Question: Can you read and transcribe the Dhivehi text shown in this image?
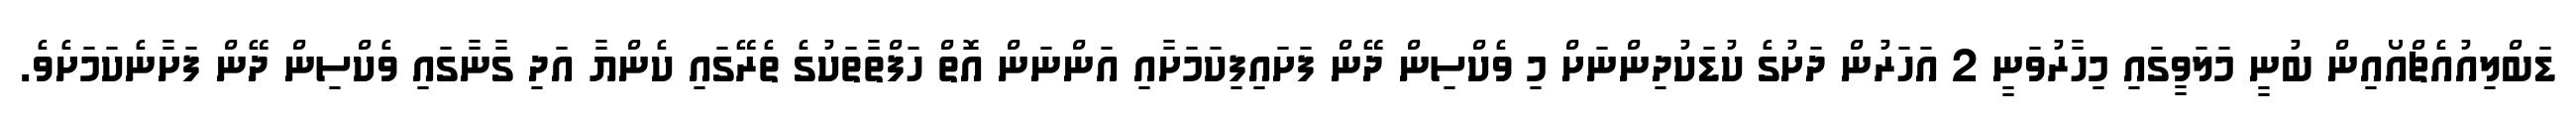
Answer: ޑަބްލިއުއެޗްއޯއިން ބުނީ މަލަވީގައި މިހާރުވަނީ 2 އަހަރުން ދަށުގެ ކުޑަކުދިންނަށް މި ވެކްސިން ދޭން ފަށައިފިކަމަށާއި އަންނަން އޮތް ހަފްތާތަކުގެ ތެރޭގައި ކެންޔާ އަދި ގާނާގައި ވެކްސިން ދޭން ފަށާނެކަމަށެވެ.